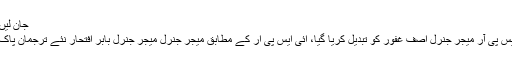
جان لیں اس خبر میں
ڈی جی آئی ایس پی آر میجر جنرل آصف غفور کو تبدیل کریا گیا، آئی ایس پی آر کے مطابق میجر جنرل میجر جنرل بابر افتحار نئے ترجمان پاک فوج ہونگے۔